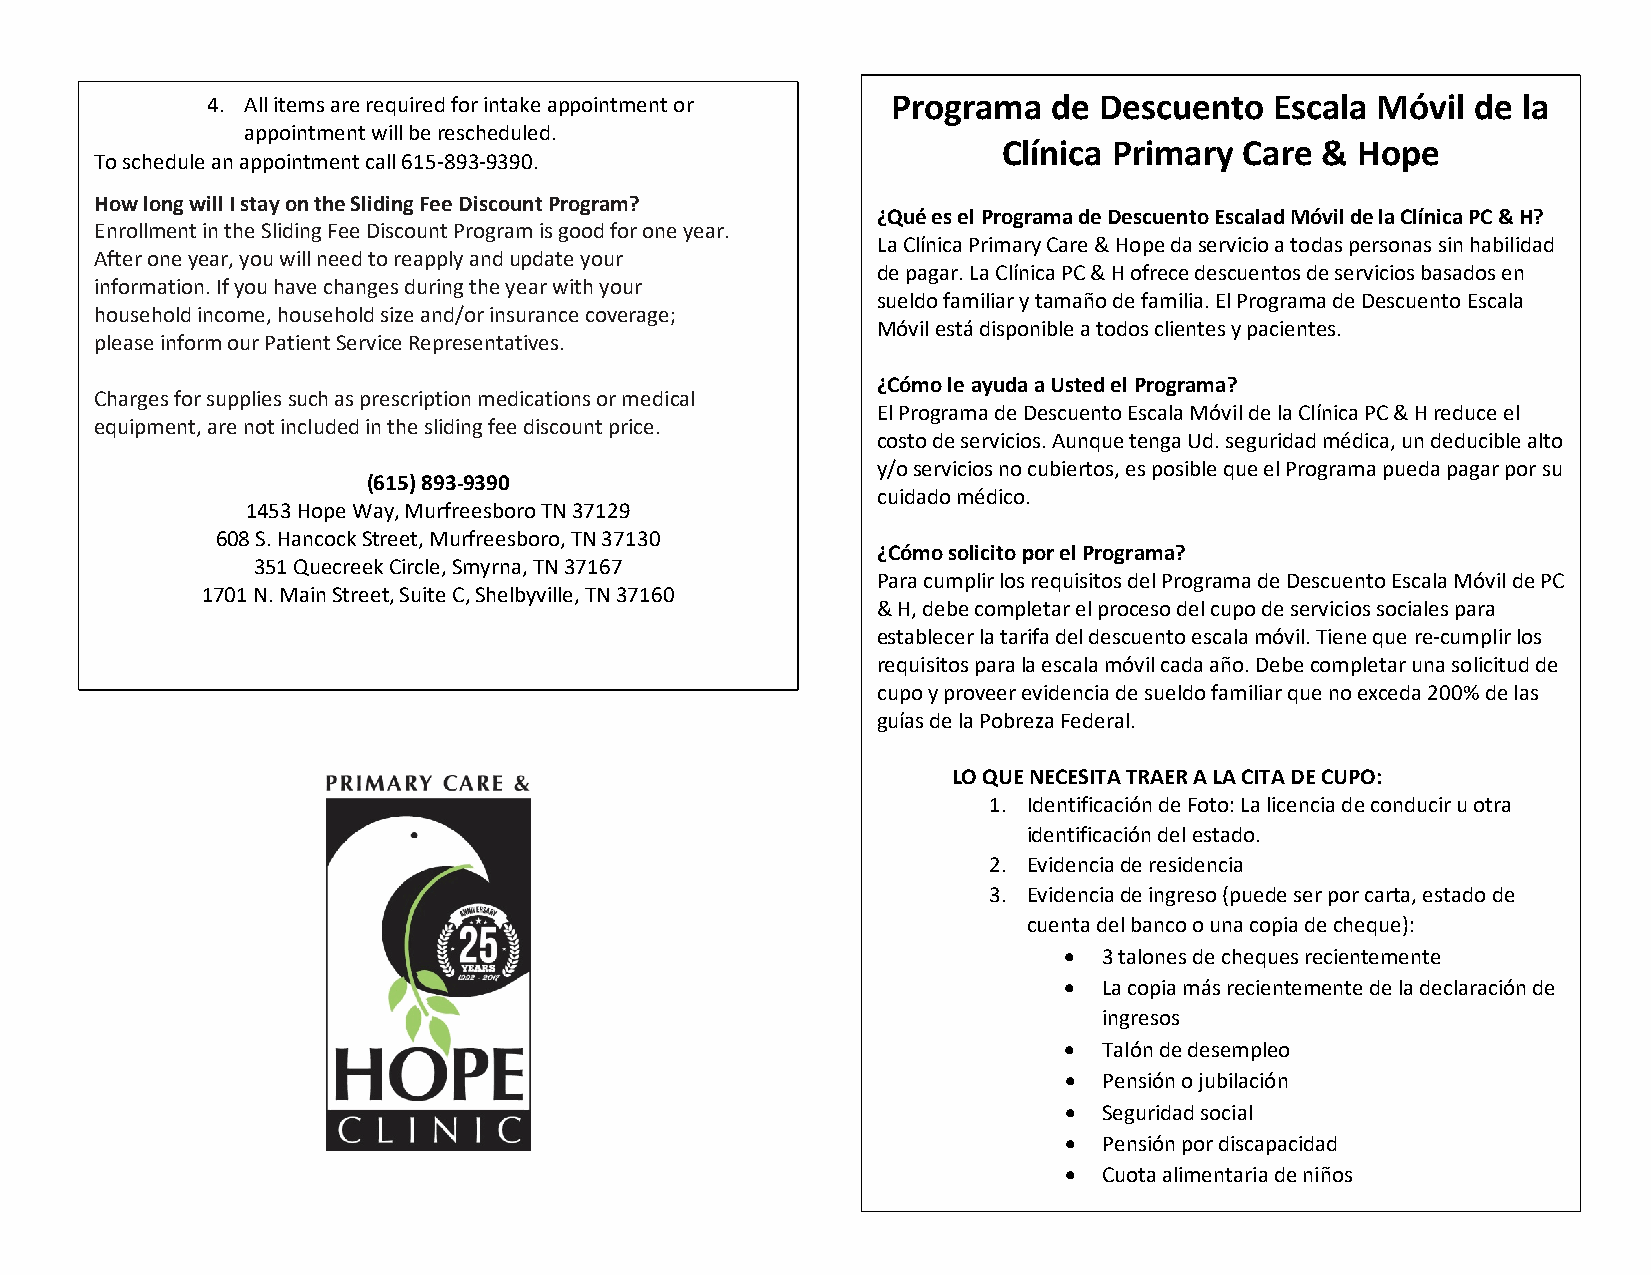
4. All items are required for intake appointment or Programa de Descuento Escala Móvil de la
 appointment will be rescheduled.
 Clínica Primary Care &  Hope
 To schedule an appointment call 615-893-9390.
 How long will I stay on the Sliding Fee Discount Program?
 ¿Qué es el Programa de Descuento Escalad Móvil de la Clínica PC & H?
 Enrollment in the Sliding Fee Discount Program is good for one year.
 La Clínica Primary Care & Hope da servicio a todas personas sin habilidad
 After one year, you will need to reapply and update your
 de pagar. La Clínica PC & H ofrece descuentos de servicios basados en
 information. If you have changes during the year with your
 sueldo familiar y tamaño de familia. El Programa de Descuento Escala
 household income, household size and/or insurance coverage;
 Móvil está disponible a todos clientes y pacientes.
 please inform our Patient Service Representatives.
 ¿Cómo le ayuda a Usted el Programa?
 Charges for supplies such as prescription medications or medical
 El Programa de Descuento Escala Móvil de la Clínica PC & H reduce el
 equipment, are not included in the sliding fee discount price.
 costo de servicios. Aunque tenga Ud. seguridad médica, un deducible alto
 y/o servicios no cubiertos, es posible que el Programa pueda pagar por su
 (615) 893-9390
 cuidado médico.
 1453 Hope Way, Murfreesboro TN 37129
 608 S. Hancock Street, Murfreesboro, TN 37130
 ¿Cómo solicito por el Programa?
 351 Quecreek Circle, Smyrna, TN 37167
 Para cumplir los requisitos del Programa de Descuento Escala Móvil de PC
 1701 N. Main Street, Suite C, Shelbyville, TN 37160
 & H, debe completar el proceso del cupo de servicios sociales para
 establecer la tarifa del descuento escala móvil. Tiene que re-cumplir los
 requisitos para la escala móvil cada año. Debe completar una solicitud de
 cupo y proveer evidencia de sueldo familiar que no exceda 200% de las
 guías de la Pobreza Federal.
 LO QUE NECESITA TRAER A LA CITA DE CUPO:
 1. Identificación de Foto: La licencia de conducir u otra
 identificación del estado.
 2. Evidencia de residencia
 3. Evidencia de ingreso (puede ser por carta, estado de
 cuenta del banco o una copia de cheque):
 •  3 talones de cheques recientemente
 •  La copia más recientemente de la declaración de
 ingresos
 •  Talón de desempleo
 •  Pensión o jubilación
 •  Seguridad social
 •  Pensión por discapacidad
 •  Cuota alimentaria de niños